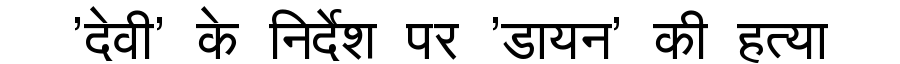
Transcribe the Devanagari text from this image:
'देवी' के निर्देश पर 'डायन' की हत्या